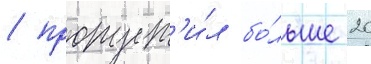
/ пропуст'и́л бо́льше 20